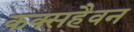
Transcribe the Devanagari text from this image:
कक्सहैवन